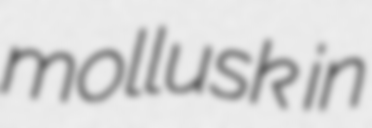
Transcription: mollusk in